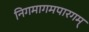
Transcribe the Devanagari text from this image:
निगमागमपारगम्